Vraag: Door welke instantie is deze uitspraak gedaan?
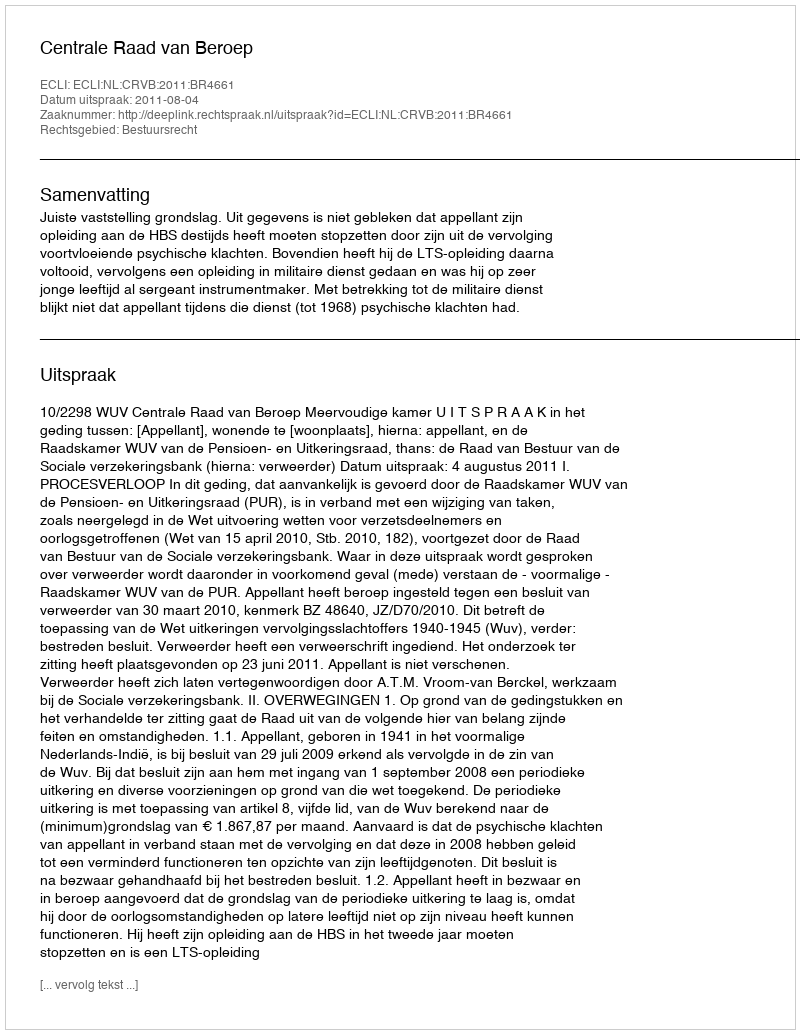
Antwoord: Centrale Raad van Beroep